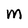
Character: M